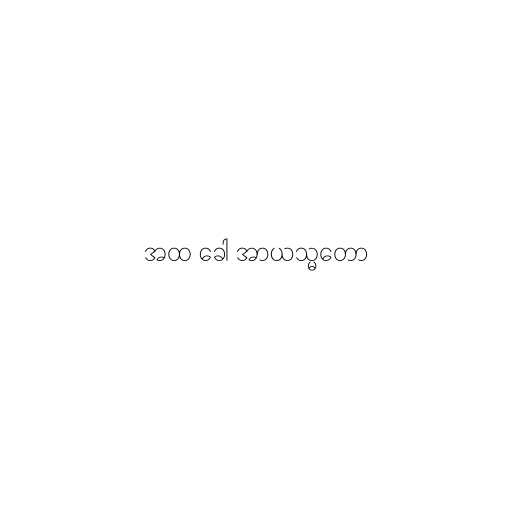
အထ ခေါ အာယသ္မတော